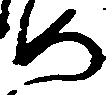
如